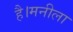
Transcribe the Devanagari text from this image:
है।मनीला